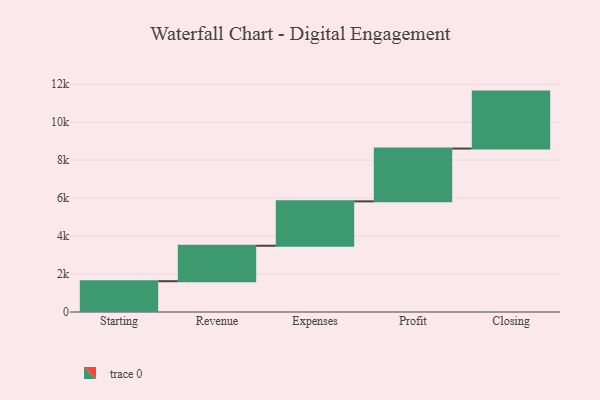
{"axis": {"x": "Step", "y": "Value"}, "legend": [""], "data": [{"x": "Starting", "y": 1622.0, "type": ""}, {"x": "Revenue", "y": 1868.0, "type": ""}, {"x": "Expenses", "y": 2338.0, "type": ""}, {"x": "Profit", "y": 2782.0, "type": ""}, {"x": "Closing", "y": 3000, "type": ""}]}